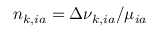
n _ { k , i a } = \Delta \nu _ { k , i a } / \mu _ { i a }